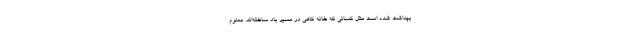
بهداشت شده است مثل کسانی که خانه کاهی در مسیر باد ساخته‌اند. معلوم